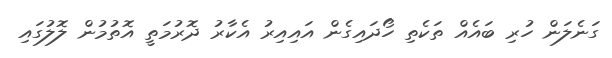
ގަނެލަން ހުރި ބައެއް ތަކެތި ހޯދައިގެން އައިއިރު އެކާރު ދޮރުމަތީ އޮތުމުން ލޮލުގައި